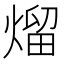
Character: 熘